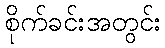
စိုက်ခင်းအတွင်း